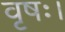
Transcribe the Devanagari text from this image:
वृषः।